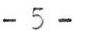
- 5 -